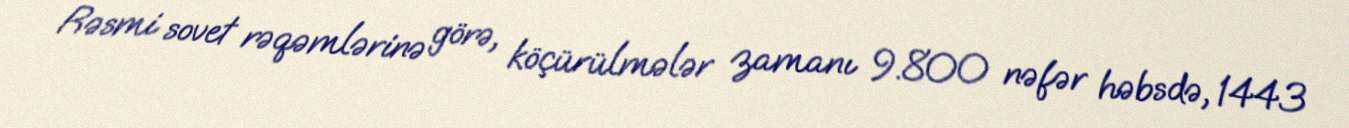
Rəsmi sovet rəqəmlərinə görə, köçürülmələr zamanı 9.800 nəfər həbsdə, 1443